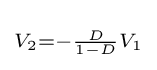
\scriptstyle V_{2}=-{\frac {D}{1-D}}V_{1}